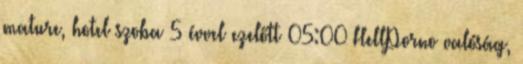
mature, hotel szoba 5 évvel ezelőtt 05:00 HellPorno valóság,